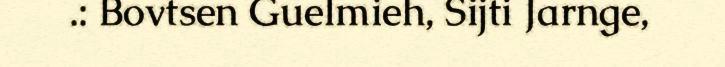
.: Bovtsen Guelmieh, Sijti Jarnge,